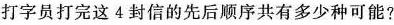
打字员打完这4封信的先后顺序共有多少种可能?